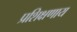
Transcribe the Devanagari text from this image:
प्रशिक्षणाय